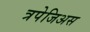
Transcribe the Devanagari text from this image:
त्रपेजिअस